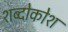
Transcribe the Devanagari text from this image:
शब्दोकोश